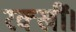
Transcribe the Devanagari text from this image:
रक्खीं।